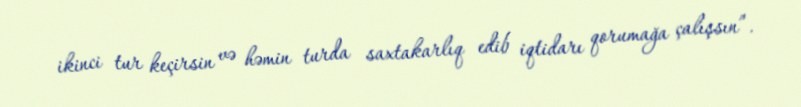
ikinci tur keçirsin və həmin turda saxtakarlıq edib iqtidarı qorumağa çalışsın”.